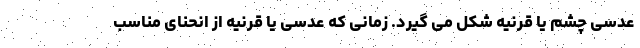
عدسی چشم یا قرنیه شکل می گیرد. زمانی که عدسی یا قرنیه از انحنای مناسب